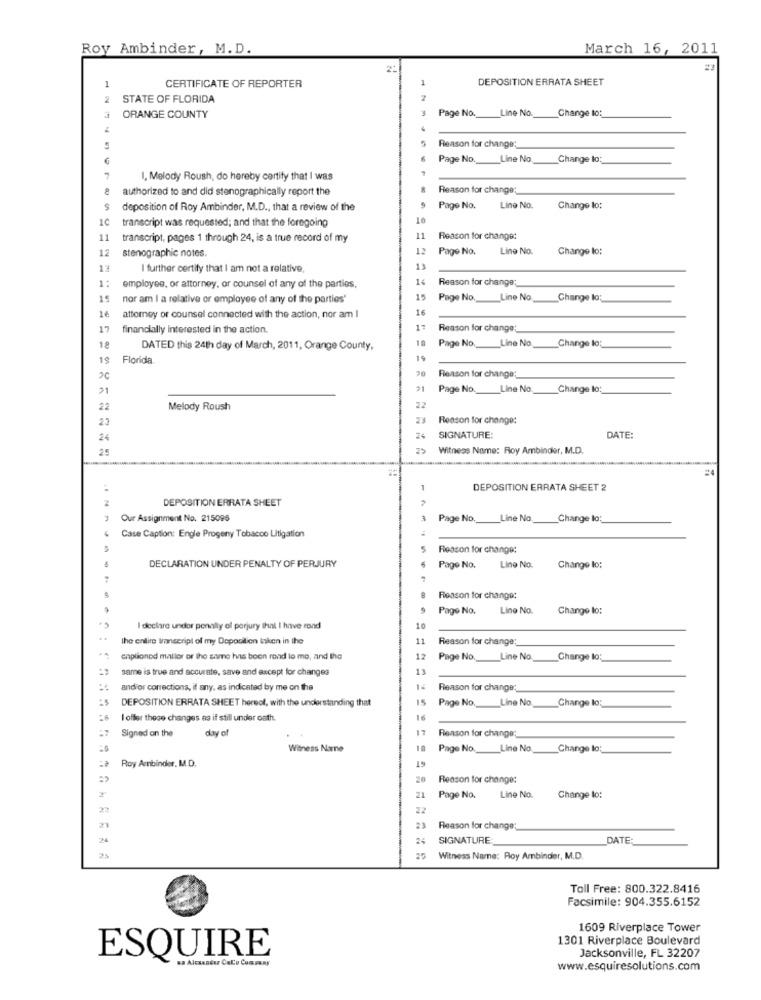
Roy Ambinder, M.D.
March 16, 2011
2:
1
DEPOSITION ERRATA SHEET
CERTIFICATE OF REPORTER
2
STATE OF FLORIDA
Page No.
Line No.
Change to:
ORANGE COUNTY
Reason for change:
Page No.
Line No,
Change lo;
I, Melody Roush, do hereby certify that I was
authorized to and did stenographically report the
Reason for change;
deposition of Roy Ambinder, M.D ., that a review of the
Page No.
Line No.
Change lo:
1C
transcript was requested; and that the foregoing
11
transcript, pages 1 through 24, is a true record of my
Reason for change:
12
stenographic notes.
Page No.
Line No.
Change lo:
17
I further certify that I am not a relative,
1:
Reason for change;
employee, or attorney, or counsel of any of the parties.
nor am I a relative or employee of any of the parties"
Page No.
Line No.
Change lo;
1€
attorney or counsel connected with the action, nor am I
17
financially interested in the action.
Reason for change;
Page No.
Line No
Change lo;
18
DATED this 24th day of March, 2011, Orange County,
19
Florida.
19
Reason for change;
21
Page No. Line No.
Change to:
22
Melody Roush
22
23
23
Reason for change:
24
SIGNATURE:
DATE:
25
Witness Name: Roy Ambinder, M.D.
=4
1
DEPOSITION ERRATA SHEET 2
DEPOSITION ERRATA SHEET
Our Assignment No. 215095
Page No ._
Line No.
_Change lo:
Case Caption: Engle Progeny Tobacco Litigation
Reason for change:
DECLARATION UNDER PENALTY OF PERJURY
Page No.
Line No.
Change lo:
Reason for change:
Page No.
Line No.
Change lo:
I declare under penalty of perjury that I have rond
the entire Inscripl of my Doposition Isken in the
Reason for change:
enplioned mallor or the same has been rond lo me, and the
Page No.
Line No.
Change lo;
same is true and accurate, save and except for changes
andior corrections, if any, as indicated by me on the
Reason for change;
15
Page No.
Line No.
Change lo;
DEPOSITION ERRATA SHEET hereof, with the understanding that
I offer these changes es if still under oath.
Signed on the
day of
17
Reason for change;
Witness Narne
Page No. Line No .__ Change lo;
Roy Ambinder, M.D.
GT
20
Reason for change:
2'
Page No.
Line No.
Change lo:
22
21
23
Reason for change;
24
24
SIGNATURE
DATE:
Witness Name: Roy Ambinder, M.D.
Toll Free: 800.322.8416
Facsimile: 904.355.6152
1609 Riverplace Tower
1301 Riverplace Boulevard
Jacksonville, FL 32207
ESQUIRE
sa Alcaandor Calo Company
www.esquiresolutions.com